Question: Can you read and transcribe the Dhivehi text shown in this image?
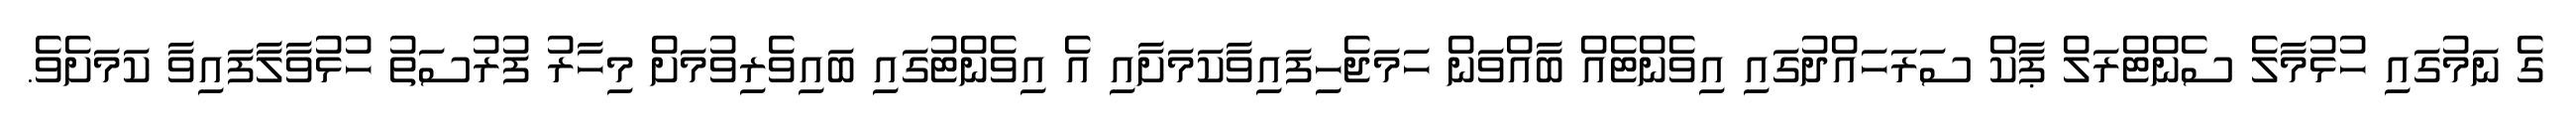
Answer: ގެ ނަމުގައި ހުޅުމާލެ ސެންޓްރަލް ޕާކް ސަރަހައްދުގައި އިވެންޓެއް ބާއްވަން ހަމަޖެހިފައިވާކަމަށާއި އެ އިވެންޓުގައި ބައިވެރިވުމަށް މިހާރު ފުރުސަތު ހުޅުވާލާފައިވާ ކަމަށެވެ.